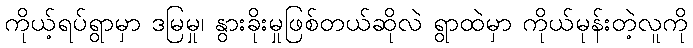
ကိုယ့်ရပ်ရွာမှာ ဒမြမှု၊ နွားခိုးမှုဖြစ်တယ်ဆိုလဲ ရွာထဲမှာ ကိုယ်မုန်းတဲ့လူကို